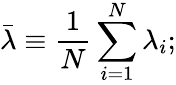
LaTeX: \bar{\lambda}\equiv\frac{1}{N}\sum_{i=1}^{N}\lambda_{i};